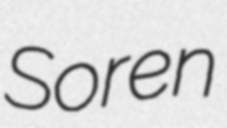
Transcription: Soren